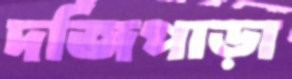
দর্জিপাড়া